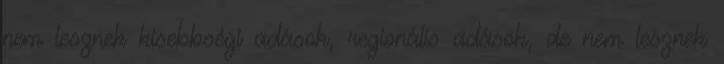
nem lesznek kisebbségi adások, regionális adások, de nem lesznek